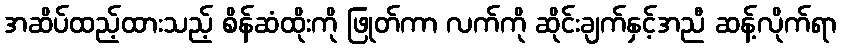
အဆိပ်ထည့်ထားသည့် စိန်ဆံထိုးကို ဖြုတ်ကာ လက်ကို ဆိုင်းချက်နှင့်အညီ ဆန့်လိုက်ရာ